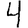
Digit: 4